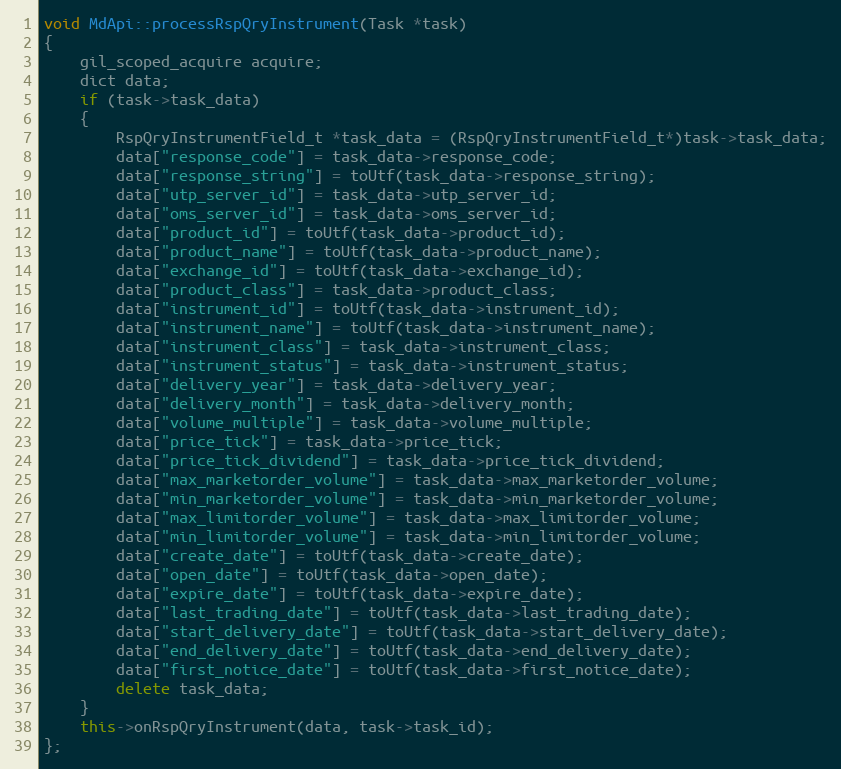
Language: C++
void MdApi::processRspQryInstrument(Task *task)
{
	gil_scoped_acquire acquire;
	dict data;
	if (task->task_data)
	{
		RspQryInstrumentField_t *task_data = (RspQryInstrumentField_t*)task->task_data;
		data["response_code"] = task_data->response_code;
		data["response_string"] = toUtf(task_data->response_string);
		data["utp_server_id"] = task_data->utp_server_id;
		data["oms_server_id"] = task_data->oms_server_id;
		data["product_id"] = toUtf(task_data->product_id);
		data["product_name"] = toUtf(task_data->product_name);
		data["exchange_id"] = toUtf(task_data->exchange_id);
		data["product_class"] = task_data->product_class;
		data["instrument_id"] = toUtf(task_data->instrument_id);
		data["instrument_name"] = toUtf(task_data->instrument_name);
		data["instrument_class"] = task_data->instrument_class;
		data["instrument_status"] = task_data->instrument_status;
		data["delivery_year"] = task_data->delivery_year;
		data["delivery_month"] = task_data->delivery_month;
		data["volume_multiple"] = task_data->volume_multiple;
		data["price_tick"] = task_data->price_tick;
		data["price_tick_dividend"] = task_data->price_tick_dividend;
		data["max_marketorder_volume"] = task_data->max_marketorder_volume;
		data["min_marketorder_volume"] = task_data->min_marketorder_volume;
		data["max_limitorder_volume"] = task_data->max_limitorder_volume;
		data["min_limitorder_volume"] = task_data->min_limitorder_volume;
		data["create_date"] = toUtf(task_data->create_date);
		data["open_date"] = toUtf(task_data->open_date);
		data["expire_date"] = toUtf(task_data->expire_date);
		data["last_trading_date"] = toUtf(task_data->last_trading_date);
		data["start_delivery_date"] = toUtf(task_data->start_delivery_date);
		data["end_delivery_date"] = toUtf(task_data->end_delivery_date);
		data["first_notice_date"] = toUtf(task_data->first_notice_date);
		delete task_data;
	}
	this->onRspQryInstrument(data, task->task_id);
};